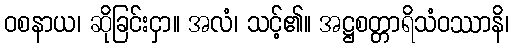
ဝစနာယ၊ ဆိုခြင်းငှာ။ အလံ၊ သင့်၏။ အဋ္ဌစတ္တာရိသံဝဿာနိ၊